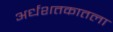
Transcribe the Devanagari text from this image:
अर्धशतकातला